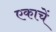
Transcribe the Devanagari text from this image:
एकाचें